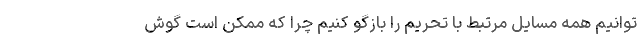
توانیم همه مسایل مرتبط با تحریم را بازگو کنیم چرا که ممکن است گوش